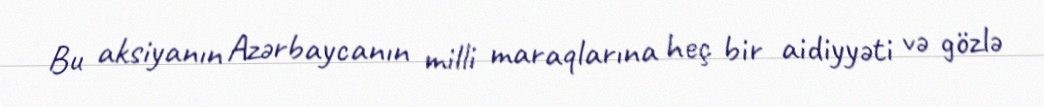
Bu aksiyanın Azərbaycanın milli maraqlarına heç bir aidiyyəti və gözlə